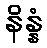
နိန္နံ